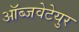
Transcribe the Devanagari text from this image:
ऑब्जवेटेयुर